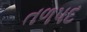
તળપદ